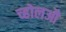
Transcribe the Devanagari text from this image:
च्होलऔ